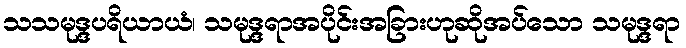
သသမုဒ္ဒပရိယာယံ၊ သမုဒ္ဒရာအပိုင်းအခြားဟုဆိုအပ်သော သမုဒ္ဒရာ